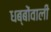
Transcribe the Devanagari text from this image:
धब्बोंवाली